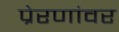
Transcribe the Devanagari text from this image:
प्रेरणांवर